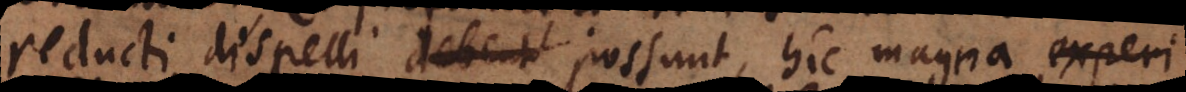
reducti dispelli debent possunt, hic magna experi